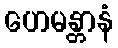
ဟေမန္တာနံ